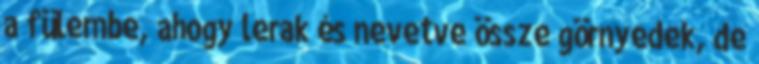
a fülembe, ahogy lerak és nevetve össze görnyedek, de